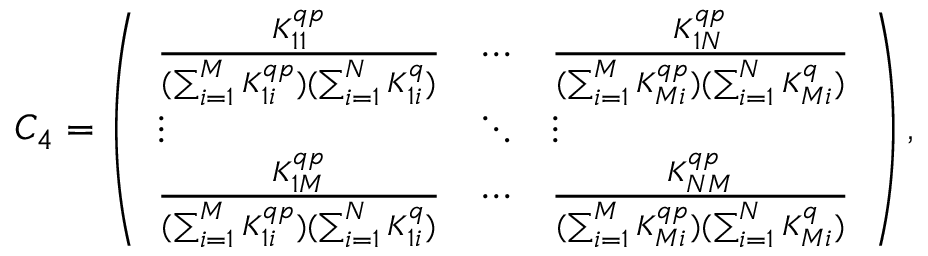
C _ { 4 } = \left( \begin{array} { l l l } { \frac { K _ { 1 1 } ^ { q p } } { ( \sum _ { i = 1 } ^ { M } K _ { 1 i } ^ { q p } ) ( \sum _ { i = 1 } ^ { N } K _ { 1 i } ^ { q } ) } } & { \cdots } & { \frac { K _ { 1 N } ^ { q p } } { ( \sum _ { i = 1 } ^ { M } K _ { M i } ^ { q p } ) ( \sum _ { i = 1 } ^ { N } K _ { M i } ^ { q } ) } } \\ { \vdots } & { \ddots } & { \vdots } \\ { \frac { K _ { 1 M } ^ { q p } } { ( \sum _ { i = 1 } ^ { M } K _ { 1 i } ^ { q p } ) ( \sum _ { i = 1 } ^ { N } K _ { 1 i } ^ { q } ) } } & { \cdots } & { \frac { K _ { N M } ^ { q p } } { ( \sum _ { i = 1 } ^ { M } K _ { M i } ^ { q p } ) ( \sum _ { i = 1 } ^ { N } K _ { M i } ^ { q } ) } } \end{array} \right) ,